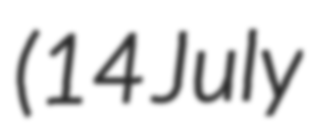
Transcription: (14 July